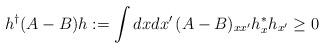
LaTeX: \begin{align*}h^\dagger (A-B) h := \int dxdx'\,(A-B)_{xx'}h^*_{x}h_{x'} \geq 0\end{align*}